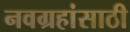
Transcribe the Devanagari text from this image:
नवग्रहांसाठी